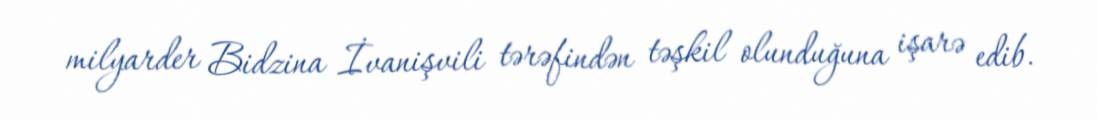
milyarder Bidzina İvanişvili tərəfindən təşkil olunduğuna işarə edib.